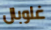
غلوبال